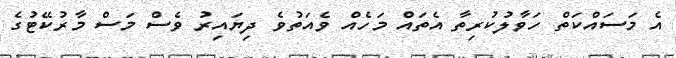
އެ މަސައްކަތް ހަވާލުކުރިތާ އެތައް މަހެއް ވެއަތުވެ ދިޔައިރު ވެސް މަސް މާރުކޭޓުގެ